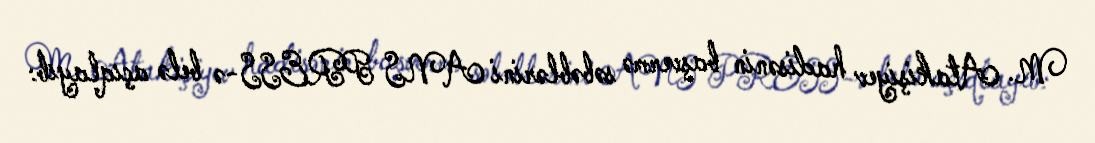
M. Atakişiyev hadisənin başvermə səbəblərini ANS PRESS-ə belə açıqlayıb: